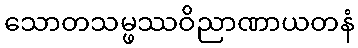
သောတသမ္ဖဿဝိညာဏာယတနံ